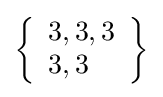
\left\{{\begin{array}{l}3,3,3\\3,3\end{array}}\right\}